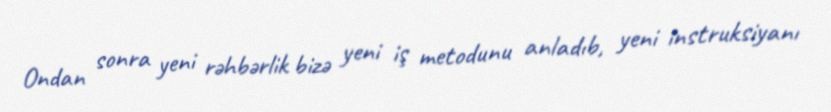
Ondan sonra yeni rəhbərlik bizə yeni iş metodunu anladıb, yeni instruksiyanı